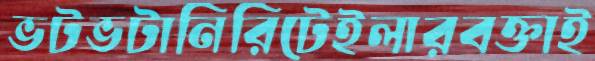
ভটভটানিরিটেইলারবক্তাই